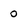
Character: 0